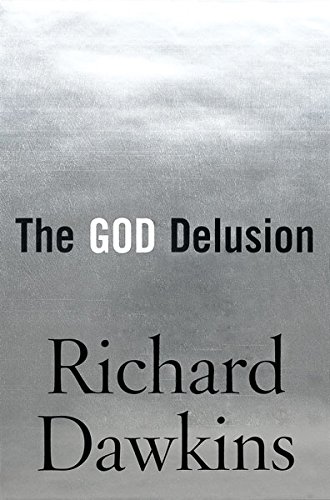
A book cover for The God Delusion; Richard Dawkins; Religion & Spirituality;